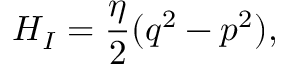
H _ { I } = \frac \eta 2 ( q ^ { 2 } - p ^ { 2 } ) ,